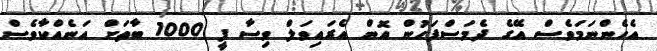
އެހެންނަމަވެސް އޭގެ ދެމަސްފަހުން އޮން އެރައިވަލް ވިސާ ފީ 1000 ބާތަށް އަނެއްކާވެސް